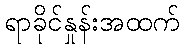
ရာခိုင်နှုန်းအထက်